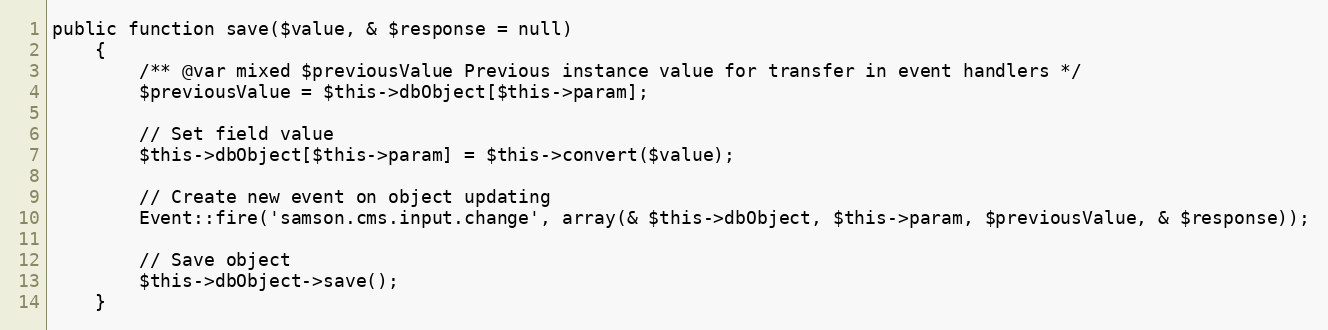
Language: PHP
public function save($value, & $response = null)
    {
        /** @var mixed $previousValue Previous instance value for transfer in event handlers */
        $previousValue = $this->dbObject[$this->param];

        // Set field value
        $this->dbObject[$this->param] = $this->convert($value);

        // Create new event on object updating
        Event::fire('samson.cms.input.change', array(& $this->dbObject, $this->param, $previousValue, & $response));

        // Save object
        $this->dbObject->save();
    }